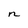
Character: n